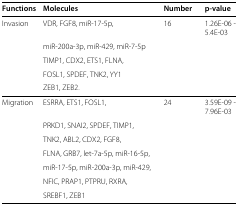
| Functions | Molecules | Number | p-value |
 | --- | --- | --- | --- |
 | Invasion | VDR, FGF8, miR-17-5p, | 16 | 1.26E-06 - 5.4E-03 |
 |  | miR-200a-3p, miR-429, miR-7-5p |  |  |
 |  | TIMP1, CDX2, ETS1, FLNA, |  |  |
 |  | FOSL1, SPDEF, TNK2, YY1 |  |  |
 |  | ZEB1, ZEB2. |  |  |
 | Migration | ESRRA, ETS1, FOSL1, | 24 | 3.59E-09 - 7.96E-03 |
 |  | PRKD1, SNAI2, SPDEF, TIMP1, |  |  |
 |  | TNK2, ABL2, CDX2, FGF8, |  |  |
 |  | FLNA, GRB7, let-7a-5p, miR-16-5p, |  |  |
 |  | miR-17-5p, miR-200a-3p, miR-429, |  |  |
 |  | NFIC, PRAP1, PTPRU, RXRA, |  |  |
 |  | SREBF1, ZEB1 |  |  |